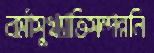
বর্মাসুখ্যাতিসম্পন্ননি